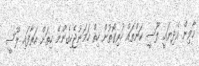
މާވިން އެދިޔައީ ލޫސީ ކަންތައް ކުރިގޮތުން ހިތް ހަމަނުޖެހިގެންނޭ ހިތަށް އަރާފައި ލޫސީ